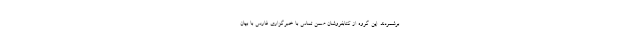
برشمردند. این گروه از کتابفروشان ضمن تماس با خبرگزاری فارس با بیان